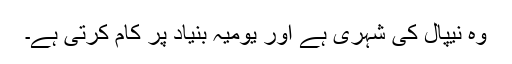
وہ نیپال کی شہری ہے اور یومیہ بنیاد پر کام کرتی ہے۔